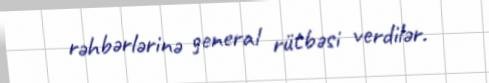
rəhbərlərinə general rütbəsi verdilər.